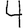
Digit: 4